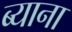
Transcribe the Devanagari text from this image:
ब्याना